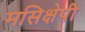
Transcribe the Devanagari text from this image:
मसिक्षेपी